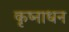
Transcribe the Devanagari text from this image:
कृष्नाधन